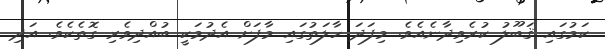
ކަމުގައި ޤަބޫލު ކުރެވިދާނެއެވެ. މިފަދަ ހާލަތުގައި މާފަށް އެދުމަކީ ބުއްދިވެރި ގޮތެކެވެ. އަދި